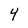
Character: Y